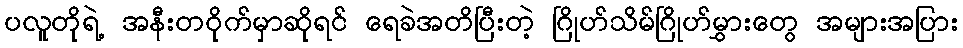
ပလူတိုရဲ့ အနီးတဝိုက်မှာဆိုရင် ရေခဲအတိပြီးတဲ့ ဂြိုဟ်သိမ်ဂြိုဟ်မွှားတွေ အများအပြား